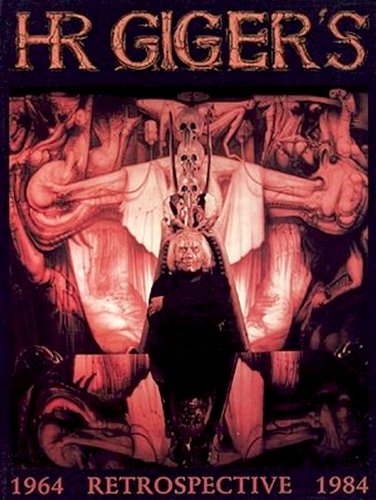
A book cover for H. R. Giger's Retrospective: 1964-1984; H. R. Giger; Reference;